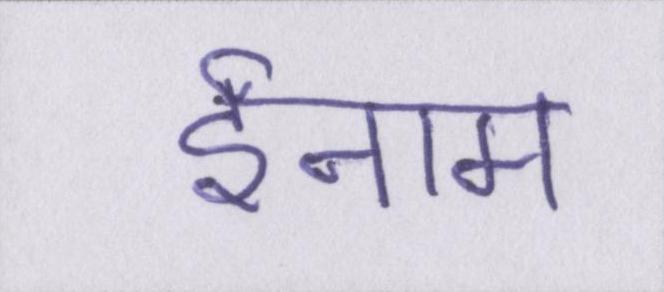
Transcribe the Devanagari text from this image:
ईनाम